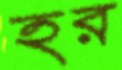
হর